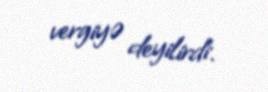
vergiyə deyilirdi.